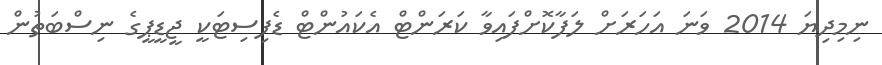
ނިމިދިޔަ 2014 ވަނަ އަހަރަށް ލަފާކޮށްފައިވާ ކަރަންޓް އެކައުންޓް ޑެފިސިޓަކީ ޖީޑީޕީގެ ނިސްބަތުން